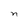
Character: n